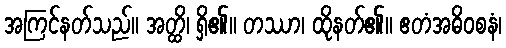
အကြင်နတ်သည်။ အတ္ထိ၊ ရှိ၏။ တဿာ၊ ထိုနတ်၏။ ဧတံအဓိဝစနံ၊